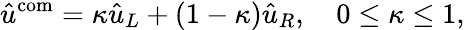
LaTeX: \hat{u}^{\mathrm{com}}=\kappa\hat{u}_{L}+(1-\kappa)\hat{u}_{R},\quad 0\leq\kappa\leq 1,